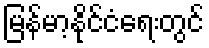
မြန်မာ့နိုင်ငံရေးတွင်